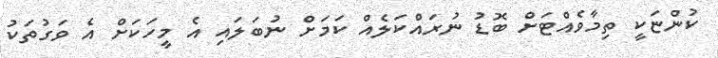
ކުންޏަކީ ތިމާވެއްޓަށް ބޮޑު ނުރައްކަލެއް ކަމަށް ނުބަލައި އެ މީހަކަށް އެ ވަގުތަކު